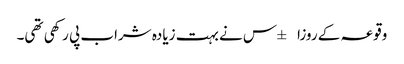
وقوعہ کے روزا±س نے بہت زیادہ شراب پی رکھی تھی۔